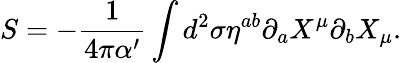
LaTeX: S=-\frac{1}{4\pi\alpha^{\prime}}\int d^{2}\sigma\eta^{ab}\partial_{a}X^{\mu}\partial_{b}X_{\mu}.